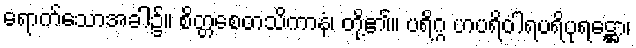
ရောက်သောအခါ၌။ စိတ္တစေတသိကာနံ၊ တို့၏။ ပရိဂ္ဂ ဟပရိဝါရပရိပုရဋ္ဌော၊